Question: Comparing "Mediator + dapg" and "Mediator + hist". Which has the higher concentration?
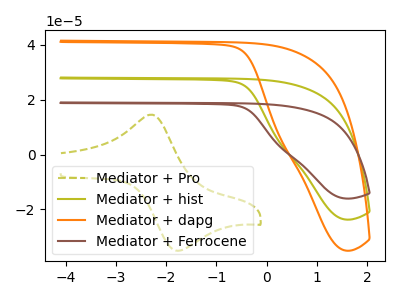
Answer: <think>The olive dashed curve "Mediator + Pro" has an anodic peak at (-2.30V, 14.55uA) and a cathodic peak at (-1.75V, -35.05uA). The olive curve "Mediator + hist" has no peaks. The orange curve "Mediator + dapg" has no peaks. The brown curve "Mediator + Ferrocene" has no peaks.
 Neither "Mediator + dapg" or "Mediator + hist" have any peaks.</think>
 <answer>I cant tell if "Mediator + dapg" or "Mediator + hist" has higher concentration.</answer>
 <eval>mixed_concentration</eval>